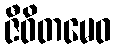
ဇီဝိတမေဝ